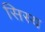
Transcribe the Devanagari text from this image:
सिस्य